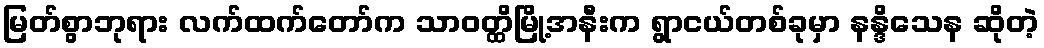
မြတ်စွာဘုရား လက်ထက်တော်က သာဝတ္ထိမြို့အနီးက ရွာငယ်တစ်ခုမှာ နန္ဒိသေန ဆိုတဲ့